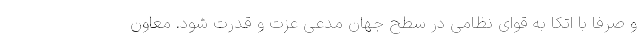
و صرفا با اتکا به قوای نظامی در سطح جهان مدعی عزت و قدرت شود. معاون